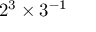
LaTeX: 2 ^ { 3 } \times 3 ^ { - 1 }